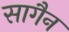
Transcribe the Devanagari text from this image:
सागैन